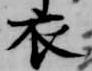
衣